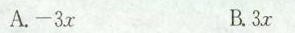
A.-3x B.3x